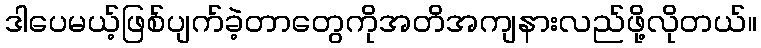
ဒါပေမယ့်ဖြစ်ပျက်ခဲ့တာတွေကိုအတိအကျနားလည်ဖို့လိုတယ်။